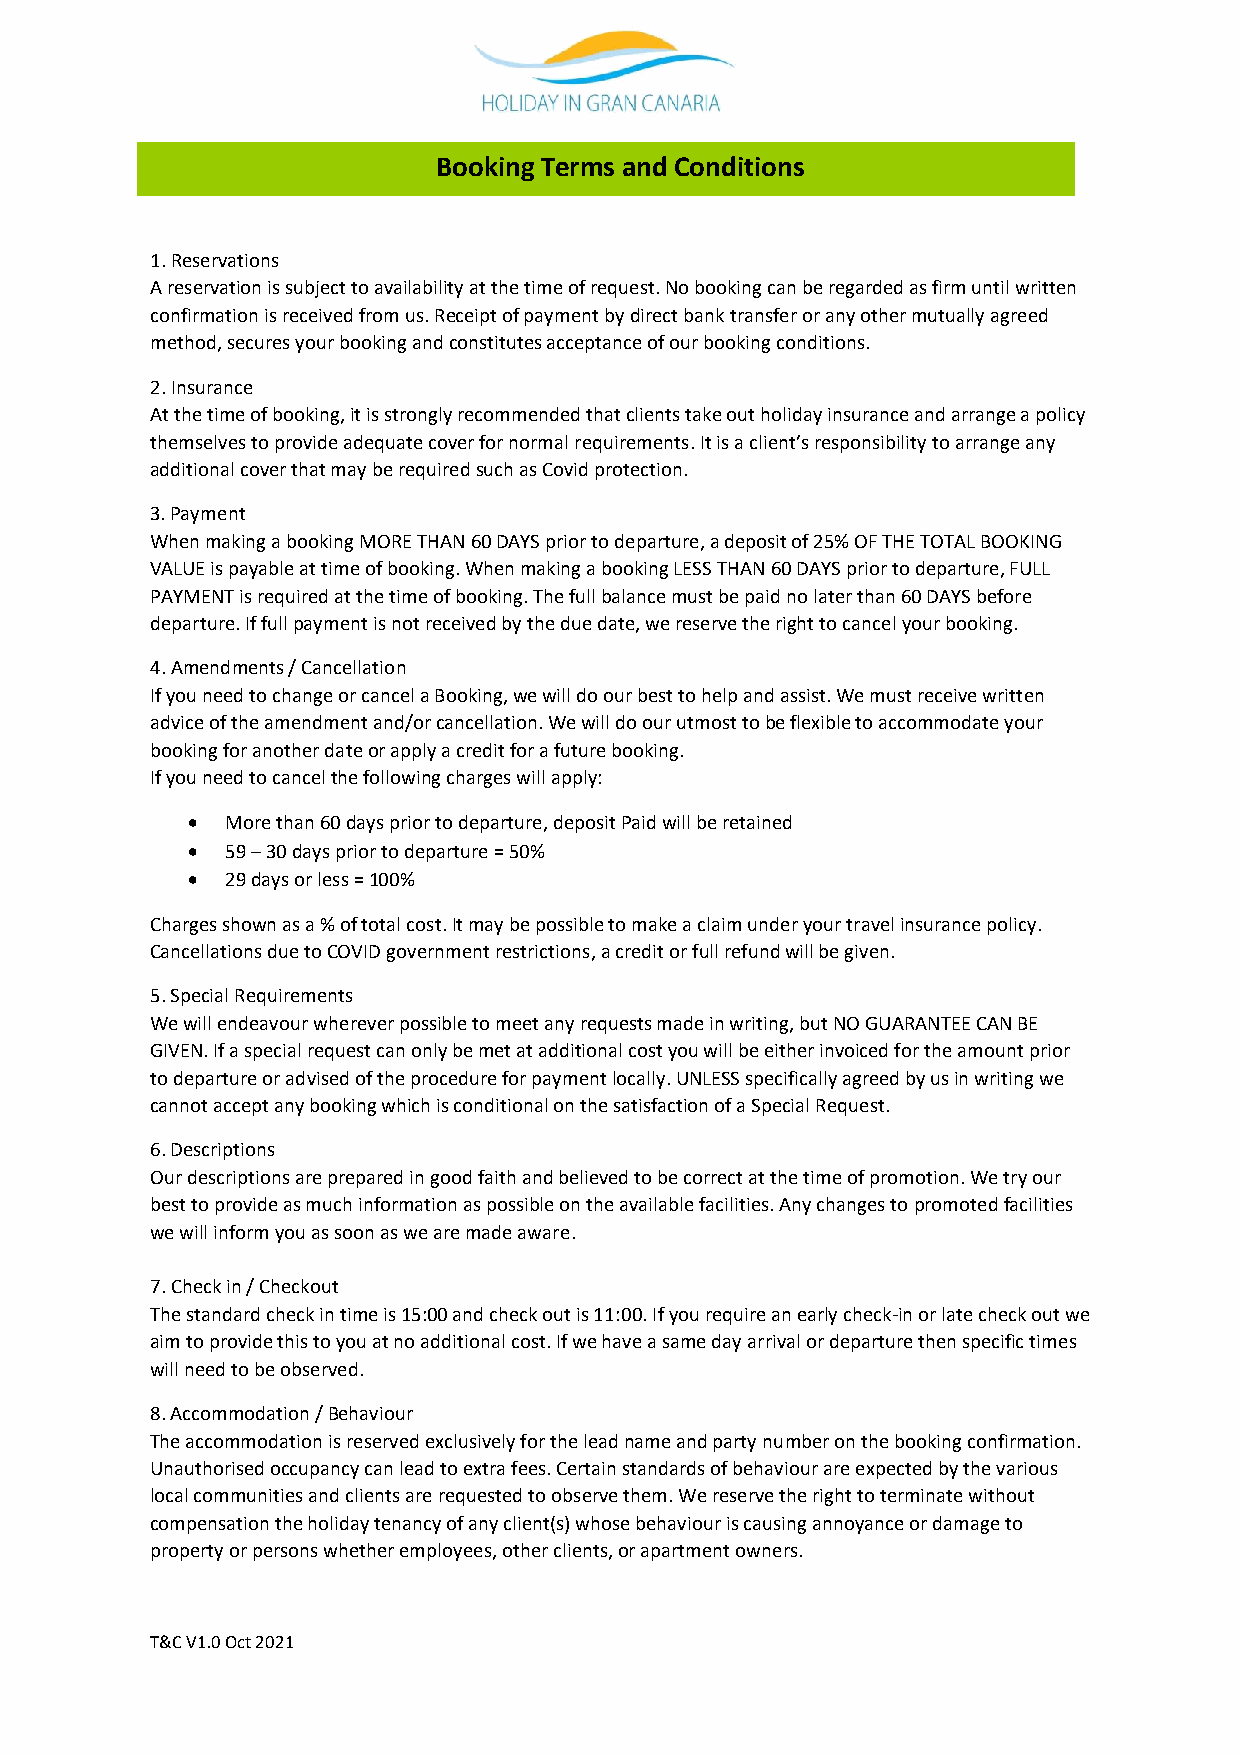
Booking Terms and Conditions
 1. Reservations
 A reservation is subject to availability at the time of request. No booking can be regarded as firm until written
 confirmation is received from us. Receipt of payment by direct bank transfer or any other mutually agreed
 method, secures your booking and constitutes acceptance of our booking conditions.
 2. Insurance
 At the time of booking, it is strongly recommended that clients take out holiday insurance and arrange a policy
 themselves to provide adequate cover for normal requirements. It is a client’s responsibility to arrange any
 additional cover that may be required such as Covid protection.
 3. Payment
 When making a booking MORE THAN 60 DAYS prior to departure, a deposit of 25% OF THE TOTAL BOOKING
 VALUE is payable at time of booking. When making a booking LESS THAN 60 DAYS prior to departure, FULL
 PAYMENT is required at the time of booking. The full balance must be paid no later than 60 DAYS before
 departure. If full payment is not received by the due date, we reserve the right to cancel your booking.
 4. Amendments / Cancellation
 If you need to change or cancel a Booking, we will do our best to help and assist. We must receive written
 advice of the amendment and/or cancellation. We will do our utmost to be flexible to accommodate your
 booking for another date or apply a credit for a future booking.
 If you need to cancel the following charges will apply:
 •  More than 60 days prior to departure, deposit Paid will be retained
 •  59 – 30 days prior to departure = 50%
 •  29 days or less = 100%
 Charges shown as a % of total cost. It may be possible to make a claim under your travel insurance policy.
 Cancellations due to COVID government restrictions, a credit or full refund will be given.
 5. Special Requirements
 We will endeavour wherever possible to meet any requests made in writing, but NO GUARANTEE CAN BE
 GIVEN. If a special request can only be met at additional cost you will be either invoiced for the amount prior
 to departure or advised of the procedure for payment locally. UNLESS specifically agreed by us in writing we
 cannot accept any booking which is conditional on the satisfaction of a Special Request.
 6. Descriptions
 Our descriptions are prepared in good faith and believed to be correct at the time of promotion. We try our
 best to provide as much information as possible on the available facilities. Any changes to promoted facilities
 we will inform you as soon as we are made aware.
 7. Check in / Checkout
 The standard check in time is 15:00 and check out is 11:00. If you require an early check-in or late check out we
 aim to provide this to you at no additional cost. If we have a same day arrival or departure then specific times
 will need to be observed.
 8. Accommodation / Behaviour
 The accommodation is reserved exclusively for the lead name and party number on the booking confirmation.
 Unauthorised occupancy can lead to extra fees. Certain standards of behaviour are expected by the various
 local communities and clients are requested to observe them. We reserve the right to terminate without
 compensation the holiday tenancy of any client(s) whose behaviour is causing annoyance or damage to
 property or persons whether employees, other clients, or apartment owners.
 T&C V1.0 Oct 2021